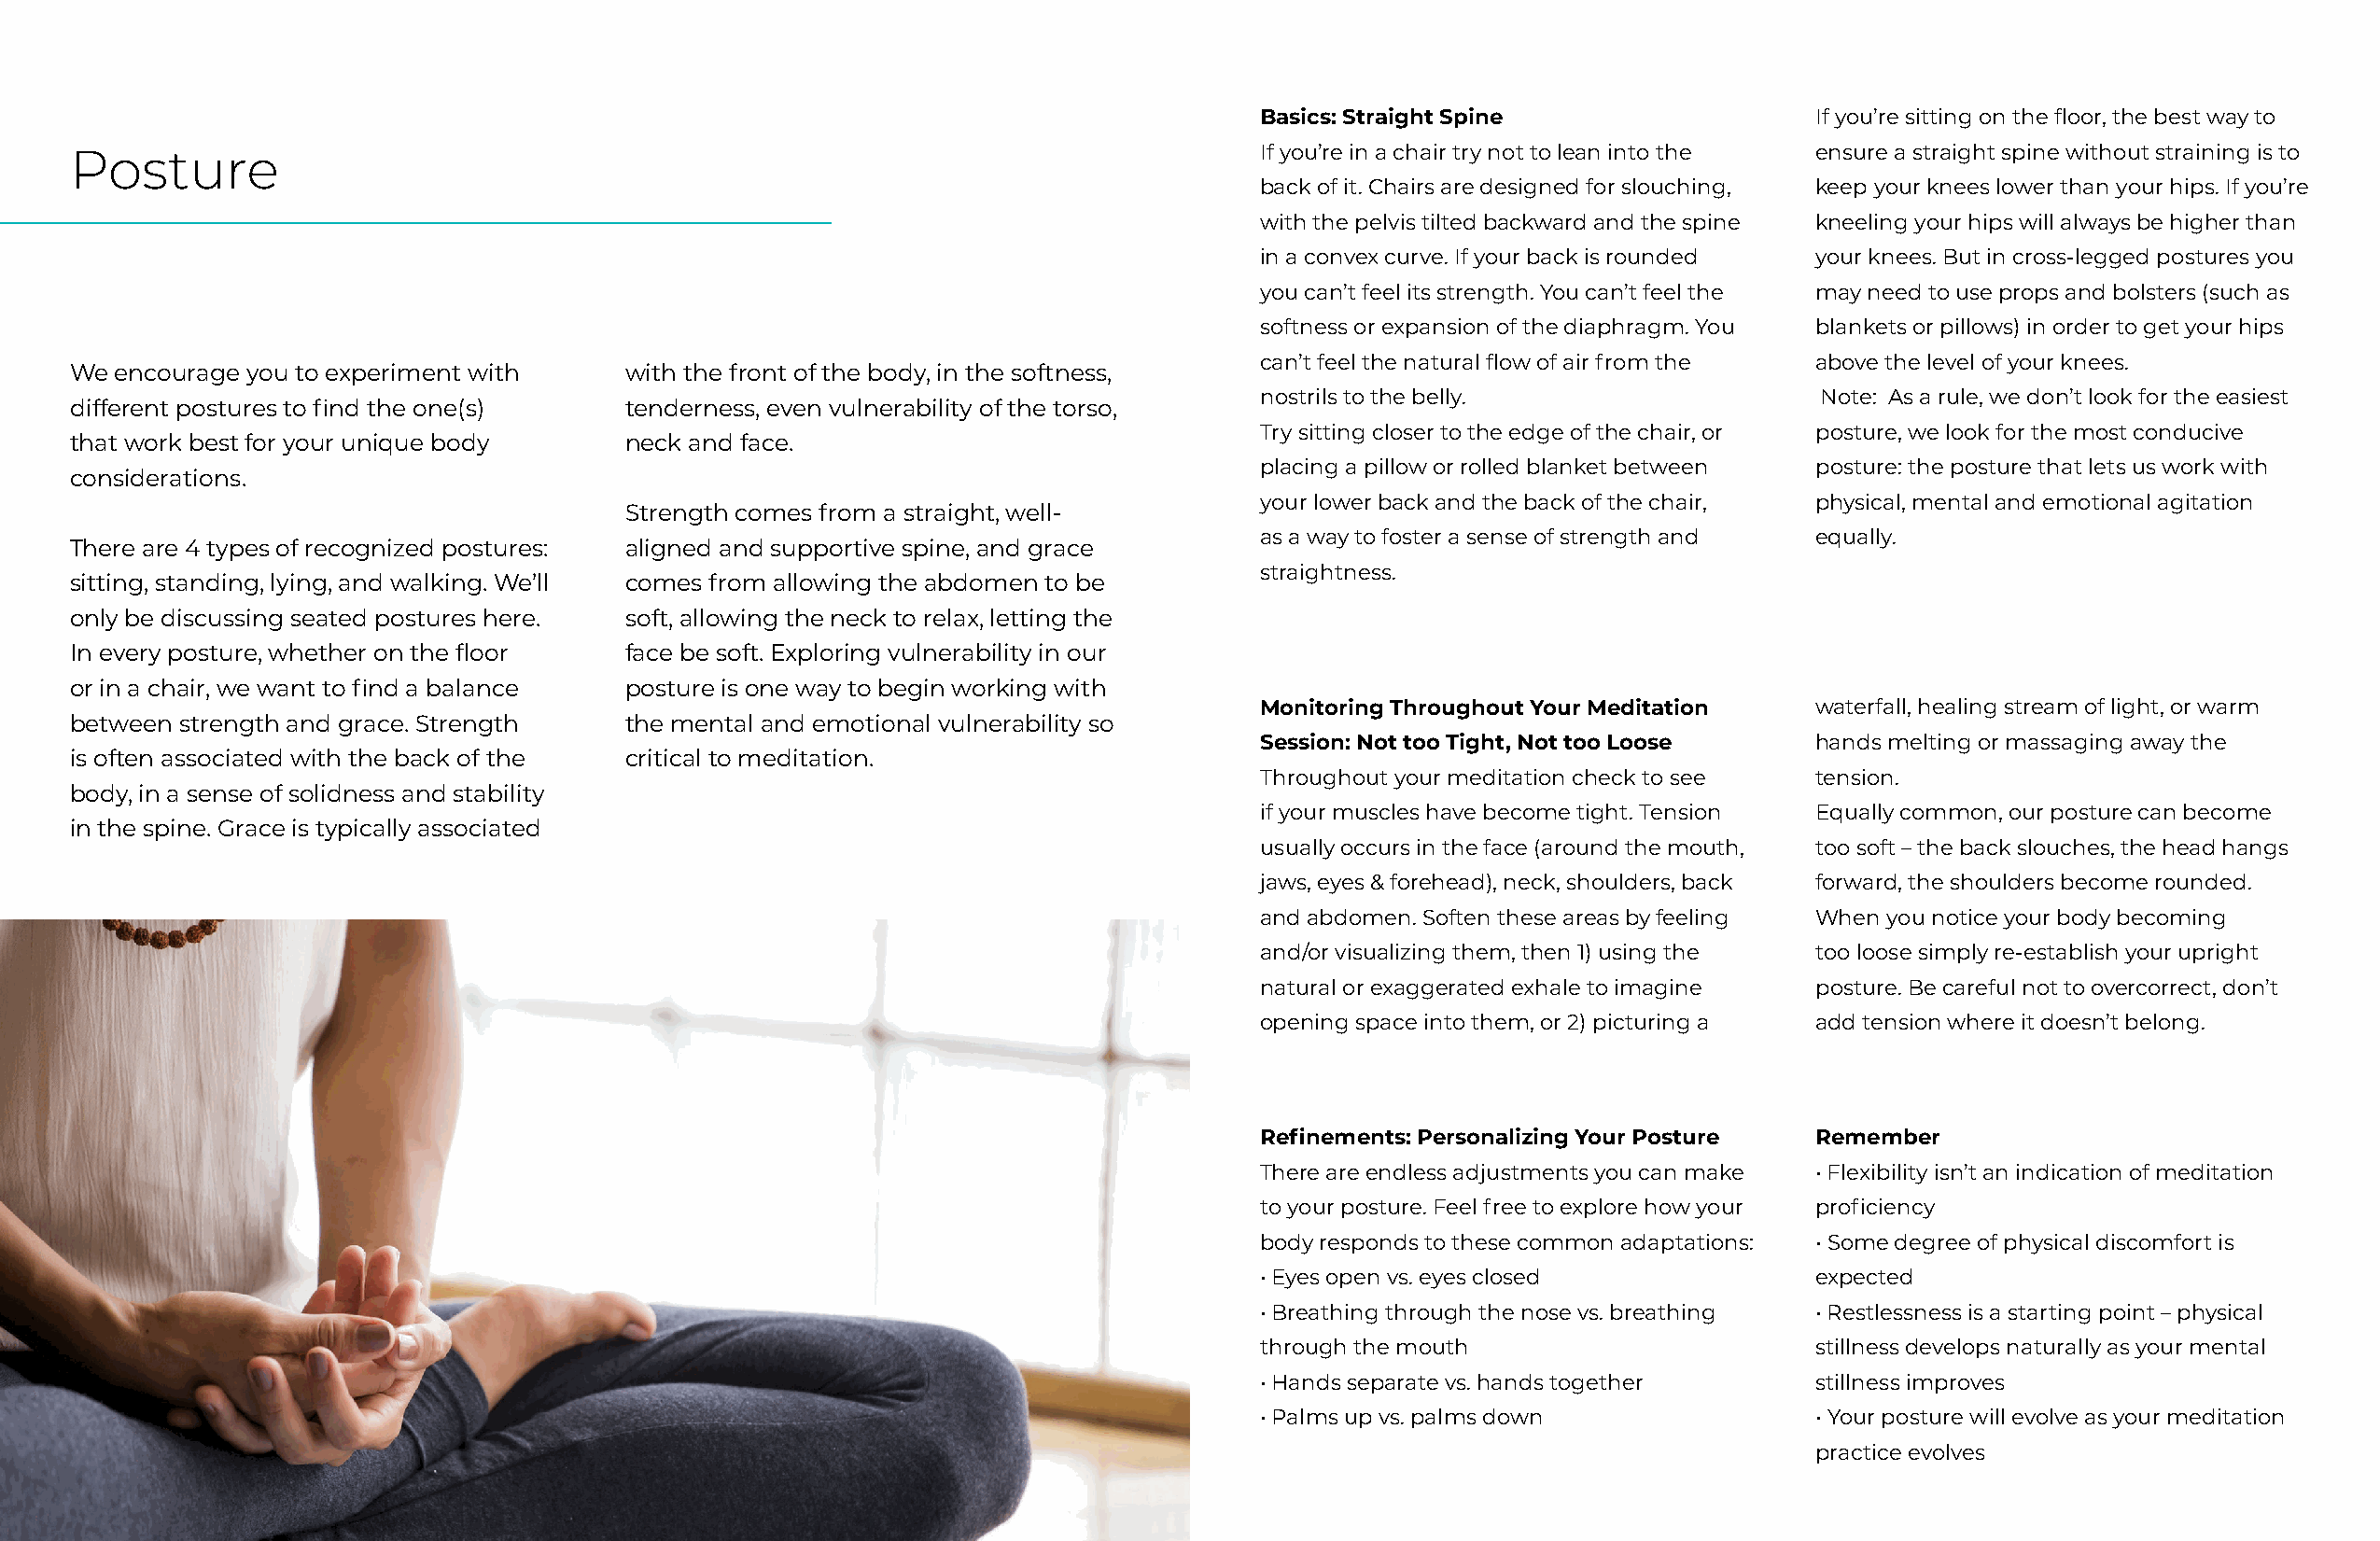
Basics: Straight Spine                  If you’re sitting on the floor, the best way to
 Posture                                                                             If you’re in a chair try not to lean into the ensure a straight spine without straining is to
 back of it. Chairs are designed for slouching, keep your knees lower than your hips. If you’re
 with the pelvis tilted backward and the spine kneeling your hips will always be higher than
 in a convex curve. If your back is rounded your knees. But in cross-legged postures you
 you can’t feel its strength. You can’t feel the may need to use props and bolsters (such as
 softness or expansion of the diaphragm. You blankets or pillows) in order to get your hips
 can’t feel the natural flow of air from the above the level of your knees.
 We encourage you to experiment with    with the front of the body, in the softness,
 nostrils to the belly.                  Note: As a rule, we don’t look for the easiest
 different postures to find the one(s)  tenderness, even vulnerability of the torso,
 Try sitting closer to the edge of the chair, or posture, we look for the most conducive
 that work best for your unique body    neck and face.
 placing a pillow or rolled blanket between posture: the posture that lets us work with
 considerations.
 your lower back and the back of the chair, physical, mental and emotional agitation
 Strength comes from a straight, well-
 as a way to foster a sense of strength and equally.
 There are 4 types of recognized postures: aligned and supportive spine, and grace
 straightness.
 sitting, standing, lying, and walking. We’ll comes from allowing the abdomen to be
 only be discussing seated postures here. soft, allowing the neck to relax, letting the
 In every posture, whether on the floor face be soft. Exploring vulnerability in our
 or in a chair, we want to find a balance posture is one way to begin working with
 Monitoring Throughout Your Meditation   waterfall, healing stream of light, or warm
 between strength and grace. Strength   the mental and emotional vulnerability so
 Session: Not too Tight, Not too Loose   hands melting or massaging away the
 is often associated with the back of the critical to meditation.
 Throughout your meditation check to see tension.
 body, in a sense of solidness and stability
 if your muscles have become tight. Tension Equally common, our posture can become
 in the spine. Grace is typically associated
 usually occurs in the face (around the mouth, too soft – the back slouches, the head hangs
 jaws, eyes & forehead), neck, shoulders, back forward, the shoulders become rounded.
 and abdomen. Soften these areas by feeling When you notice your body becoming
 and/or visualizing them, then 1) using the too loose simply re-establish your upright
 natural or exaggerated exhale to imagine posture. Be careful not to overcorrect, don’t
 opening space into them, or 2) picturing a add tension where it doesn’t belong.
 Refinements: Personalizing Your Posture Remember
 There are endless adjustments you can make • Flexibility isn’t an indication of meditation
 to your posture. Feel free to explore how your proficiency
 body responds to these common adaptations: • Some degree of physical discomfort is
 • Eyes open vs. eyes closed             expected
 • Breathing through the nose vs. breathing • Restlessness is a starting point – physical
 through the mouth                       stillness develops naturally as your mental
 • Hands separate vs. hands together     stillness improves
 • Palms up vs. palms down               • Your posture will evolve as your meditation
 practice evolves